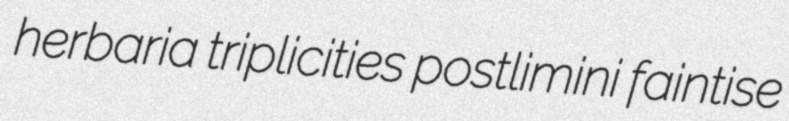
herbaria triplicities postlimini faintise